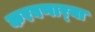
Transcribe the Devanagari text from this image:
करवणार्‍या